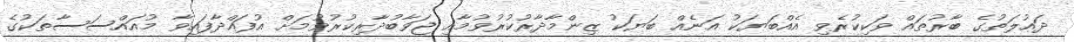
ދައުލަތުގެ ބާރުތައް ވަކިކުރެވި އެއްބަޔަކު އަނެއް ބަޔަކު ޒިންމާދާރުކުރުވުމާއި ޖަވާބުދާރިކުރުވުމަށް އުފައްދާފައިވާ މުއައްސަސާތަކުގެ